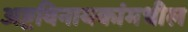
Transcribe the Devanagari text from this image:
अष्टविनायकांमधील